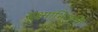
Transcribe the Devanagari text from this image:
सूक्ष्माभिव्यक्ति